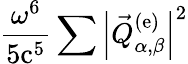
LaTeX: \frac{\omega^{6}}{5\mathrm{c}^{5}}\sum\left|\vec{Q}_{\alpha,\beta}^{(\mathrm{e})}\right|^{2}